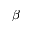
\beta